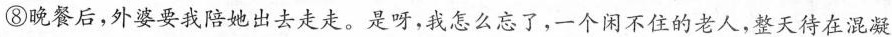
⑧晚餐后，外婆要我陪她出去走走。是呀，我怎么忘了，一个闲不住的老人，整天待在混凝